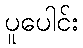
ပူပေါင်း